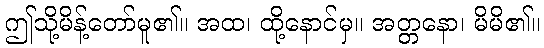
ဤသို့မိန့်တော်မူ၏။ အထ၊ ထို့နောင်မှ။ အတ္တနော၊ မိမိ၏။